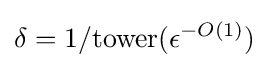
\delta =1/{\text{tower}}(\epsilon ^{-O(1)})